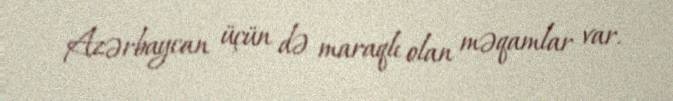
Azərbaycan üçün də maraqlı olan məqamlar var.